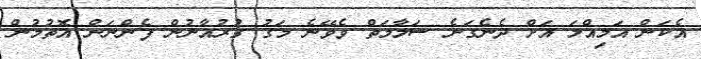
އެކަން އަމިއްލަ އަށް ދެނެގަނެ ސަލާމަތް ވެވޭނެ މަގު ގުރުއާނުން ފެންނަން އޮތުމުން